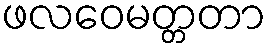
ဖလဝေမတ္တတာ